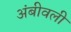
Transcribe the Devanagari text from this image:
अंबीवली